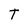
Character: T